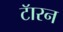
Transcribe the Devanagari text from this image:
टॅारन